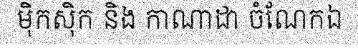
ម៉ិកស៊ិក និង កាណាដា ចំណែកឯ